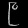
Digit: ၉